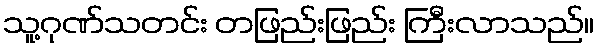
သူ့ဂုဏ်သတင်း တဖြည်းဖြည်း ကြီးလာသည်။